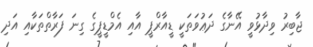
ޖާބިރު ވިދާޅުވީ އޭނާގެ ދަޢުވަތަކީ ޑީއާރްޕީ އާއި އެމްޑީޕީގެ ގިނަ ފަރާތްތަކާއި އަދި